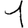
Digit: 1